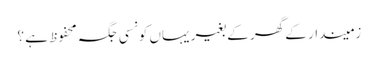
زمیندار کے گھر کے بغیر یہاں کونسی جگہ محفوظ ہے ؟